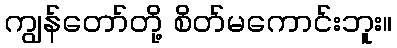
ကျွန်တော်တို့ စိတ်မကောင်းဘူး။